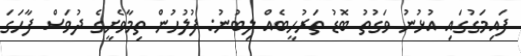
ފައިމަގުގައި އުޅުނު ވަގުތު ބޮޑު ތަރުހީބެއް ލިބުނު: ފުލުހުން ތިމާވެށީގެ ދުވަސް ފާހަގަ